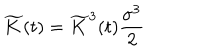
LaTeX: \widetilde { K } ( t ) = \widetilde { K } ^ { 3 } ( t ) \frac { \sigma ^ { 3 } } { 2 }